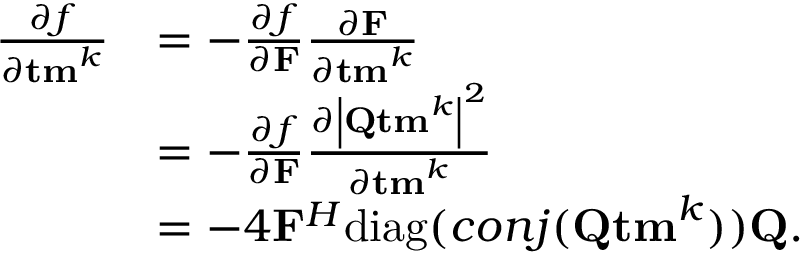
\begin{array} { r l } { { \frac { \partial f } { \partial { \bf t m } ^ { k } } } } & { = - { \frac { \partial f } { \partial { \bf F } } } { \frac { \partial { \bf F } } { \partial { \bf t m } ^ { k } } } } \\ & { = - { \frac { \partial f } { \partial { \bf F } } } { \frac { \partial \left| { \bf { Q } } { \bf { t m } } ^ { k } \right| ^ { 2 } } { \partial { \bf t m } ^ { k } } } } \\ & { = - 4 { \bf F } ^ { H } \mathrm { d i a g } ( c o n j ( { \bf { Q } } { \bf { t m } } ^ { k } ) ) { \bf { Q } } . } \end{array}